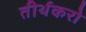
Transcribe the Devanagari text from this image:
तीर्थकरो